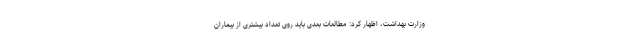
وزارت بهداشت، اظهار کرد: مطالعات بعدی باید روی تعداد بیشتری از بیماران